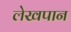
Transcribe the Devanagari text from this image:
लेखपान